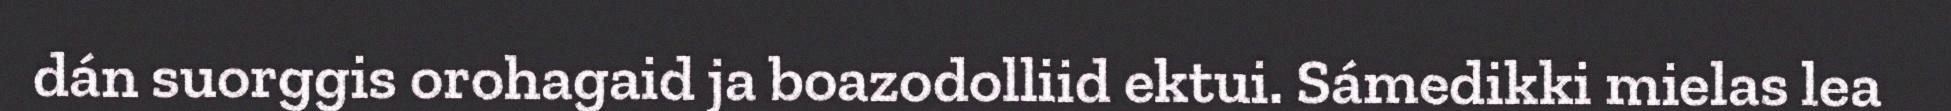
dán suorggis orohagaid ja boazodolliid ektui. Sámedikki mielas lea